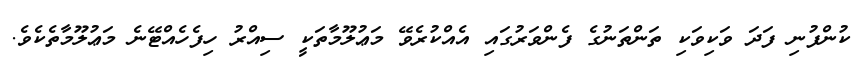
ކުންފުނި ފަދަ ވަކިވަކި ތަންތަނުގެ ފެންވަރުގައި އެއްކުރެވޭ މަޢުލޫމާތަކީ ސިއްރު ހިފެހެއްޓޭނެ މަޢުލޫމާތެކެވެ.